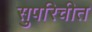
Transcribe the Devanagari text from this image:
सुपरिचीत